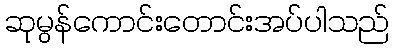
ဆုမွန်ကောင်းတောင်းအပ်ပါသည်